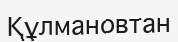
Құлмановтан